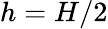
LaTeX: h=H/2